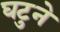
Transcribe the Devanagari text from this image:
घटुने